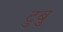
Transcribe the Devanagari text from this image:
टुबु